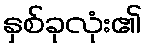
နှစ်ခုလုံး၏